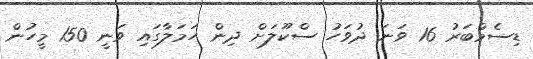
ޑިސެމްބަރު 16 ވަނަ ދުވަހު ސްކޫލަށް ދިން ހަމަލާގައި ވަނީ 150 މީހުން